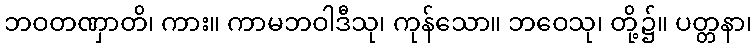
ဘဝတဏှာတိ၊ ကား။ ကာမဘဝါဒီသု၊ ကုန်သော။ ဘဝေသု၊ တို့၌။ ပတ္တနာ၊